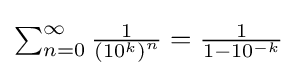
\textstyle \sum _{n=0}^{\infty }{\frac {1}{{(10^{k})}^{n}}}={\frac {1}{1-10^{-k}}}